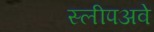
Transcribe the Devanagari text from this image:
स्लीपअवे